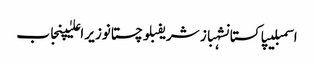
اسمبلیپاکستانشہباز شریفبلوچستانوزیر اعلیٰپنجاب